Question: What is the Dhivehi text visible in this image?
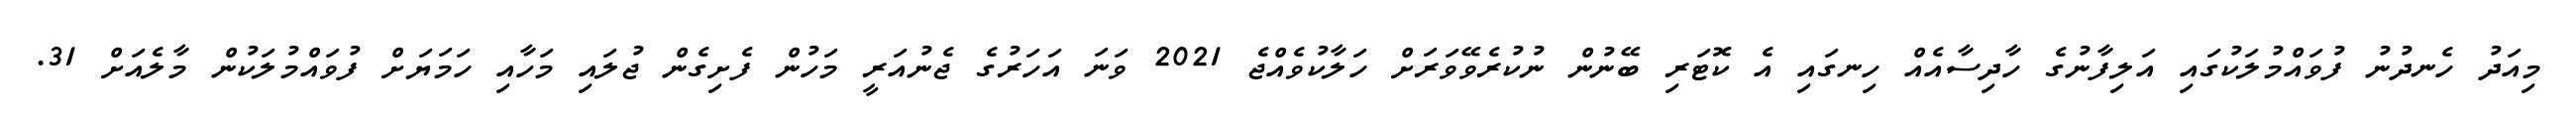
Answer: މިއަދު ހެނދުނު ފުވައްމުލަކުގައި އަލިފާނުގެ ހާދިސާއެއް ހިނގައި އެ ކޮޓަރި ބޭނުން ނުކުރެވޭވަރަށް ހަލާކުވެއްޖެ 2021 ވަނަ އަހަރުގެ ޖެނުއަރީ މަހުން ފެށިގެން ޖުލައި މަހާއި ހަމަޔަށް ފުވައްމުލަކުން މާލެއަށް 31.